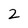
Character: 2